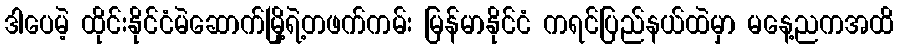
ဒါပေမဲ့ ထိုင်းနိုင်ငံမဲဆောက်မြို့ရဲ့တဖက်ကမ်း မြန်မာနိုင်ငံ ကရင်ပြည်နယ်ထဲမှာ မနေ့ညကအထိ